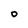
Character: O